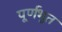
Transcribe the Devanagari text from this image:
पूर्णभूत